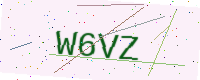
Text: W6VZ